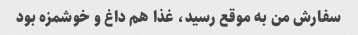
سفارش من به موقع رسید، غذا هم داغ و خوشمزه بود